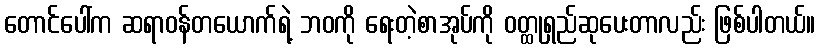
တောင်ပေါ်က ဆရာဝန်တယောက်ရဲ့ ဘဝကို ရေးတဲ့စာအုပ်ကို ဝတ္ထုရှည်ဆုပေးတာလည်း ဖြစ်ပါတယ်။